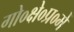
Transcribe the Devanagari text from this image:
गो०क्षे०प्र०में